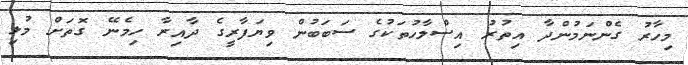
މިހާރު ގެންނަމުންދާ އިތުރު އިސްލާހުތަކުގެ ސަބަބުން ވިޔަފާރީގެ ދާއިރާ ހިމެނޭ ގޮތަށް މުޅި